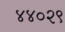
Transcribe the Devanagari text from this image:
४४०२९